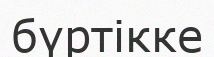
бүртікке